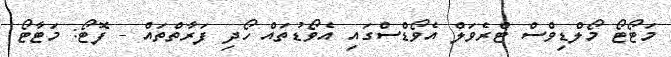
މަޓޯޓޯ މޯލްޑިވްސް ޓްރެވަލް އެވޯޑްސްގައި އެވޯޑުތައް ހޯދި ފަރާތްތައް - ފޮޓޯ: މަޓާޓޯ